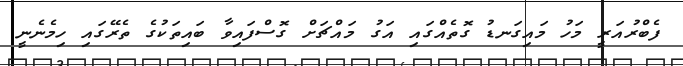
ފެބްރުއަރީ މަހު މައިގަނޑު ގޮތެއްގައި އަގު މައްޗަށް ގޮސްފައިވާ ބައިތަކުގެ ތެރޭގައި ހިމެނެނީ